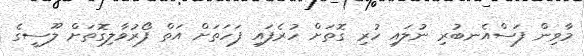
މާވިން ފަސްއެނބުރި ނުލައި ހުރި ގޮތަށް ހުރެފައި ފަހަތަށް އަތް ފޯރުވާލިގޮތަށް ލޫސީގެ